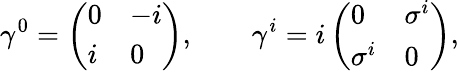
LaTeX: \gamma^{0}=\left(\begin{array}{ll}{{0}}&{{-i}}\\ {{i}}&{{0}}\end{array}\right),\qquad\gamma^{i}=i\left(\begin{array}{ll}{{0}}&{{\sigma^{i}}}\\ {{\sigma^{i}}}&{{0}}\end{array}\right),